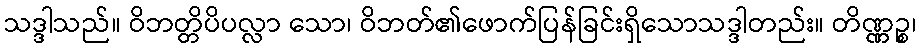
သဒ္ဒါသည်။ ဝိဘတ္တိပိပလ္လာ သော၊ ဝိဘတ်၏ဖောက်ပြန်ခြင်းရှိသောသဒ္ဒါတည်း။ တိဏ္ဏဉ္စ၊